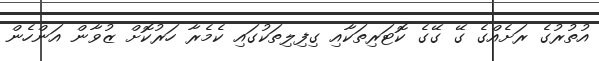
އުތުރުގެ ރަށެއްގެ ގޭ ގޭގެ ކޮޓަރިތަކާއި ގިފިލިތަކުގައި ކެމެރާ ހަރުކޮށް ޒުވާން އަންހެން